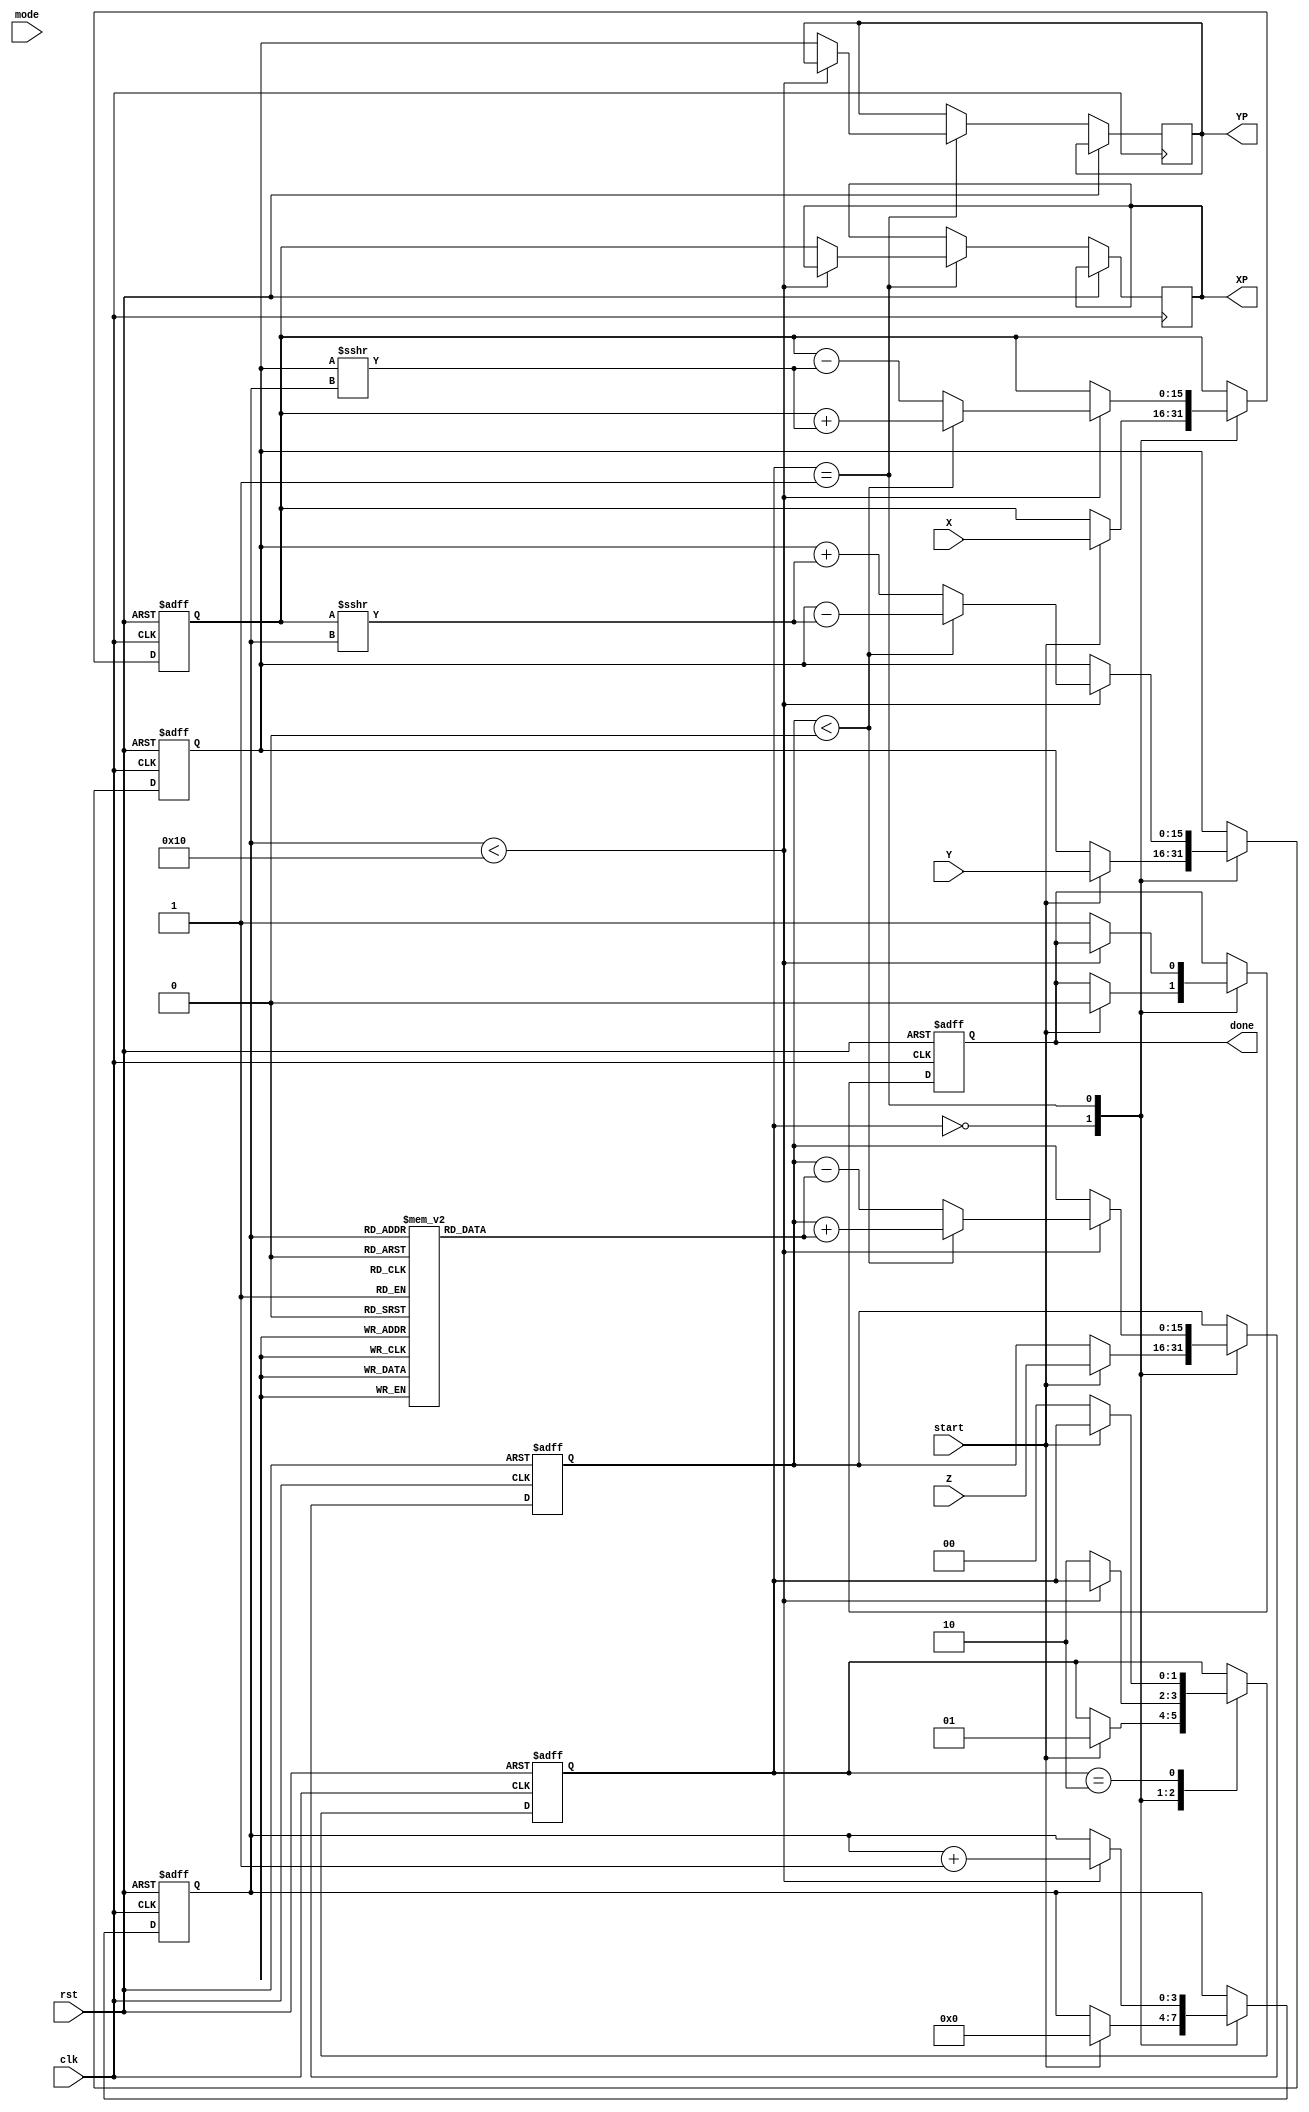
module hyperbolic_cordic (
    input wire clk,
    input wire rst,
    input wire start,
    input wire mode, // 0 for sinh/cosh, 1 for cosh/sinh
    input wire [15:0] X, // Fixed-point representation of x
    input wire [15:0] Y, // Fixed-point representation of y
    input wire [15:0] Z, // Angle input
    output reg [15:0] XP, // Resultant x-coordinate
    output reg [15:0] YP, // Resultant y-coordinate
    output reg done // Done flag
);
    parameter NUM_ITERATIONS = 16;
    reg [15:0] x_reg, y_reg, z_reg;
    reg [3:0] iteration;
    reg [1:0] state;
    
    localparam IDLE = 2'b00, COMPUTE = 2'b01, DONE = 2'b10;

    // Look-up table for hyperbolic angles (atanh(1/(2^i)))
    reg [15:0] atan_table [0:NUM_ITERATIONS-1];
    
    initial begin
        // Initialize the arctanh LUT values
        atan_table[0] = 16'h0000; // atanh(1) = 0
        atan_table[1] = 16'h0001; // atanh(1/2) = 0.5
        // Fill in other values appropriately...
    end

    always @(posedge clk or posedge rst) begin
        if (rst) begin
            // Reset state
            x_reg <= 16'b0;
            y_reg <= 16'b0;
            z_reg <= 16'b0;
            iteration <= 4'b0;
            state <= IDLE;
            done <= 1'b0;
        end else begin
            case (state)
                IDLE: begin
                    if (start) begin
                        // Initialize registers
                        x_reg <= X;
                        y_reg <= Y;
                        z_reg <= Z;
                        iteration <= 0;
                        done <= 1'b0;
                        state <= COMPUTE;
                    end
                end
                COMPUTE: begin
                    if (iteration < NUM_ITERATIONS) begin
                        // Perform hyperbolic rotation
                        if (z_reg < 0) begin
                            x_reg <= x_reg + (y_reg >>> iteration);
                            y_reg <= y_reg - (x_reg >>> iteration);
                            z_reg <= z_reg + atan_table[iteration];
                        end else begin
                            x_reg <= x_reg - (y_reg >>> iteration);
                            y_reg <= y_reg + (x_reg >>> iteration);
                            z_reg <= z_reg - atan_table[iteration];
                        end
                        iteration <= iteration + 1;
                    end else begin
                        // Finished iterations
                        XP <= x_reg;
                        YP <= y_reg;
                        done <= 1'b1;
                        state <= DONE;
                    end
                end
                DONE: begin
                    // Wait for reset or new start
                    if (!start) begin
                        state <= IDLE;
                    end
                end
            endcase
        end
    end
endmodule